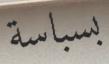
بسباسة